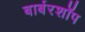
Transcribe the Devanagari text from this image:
बार्बरशॉप